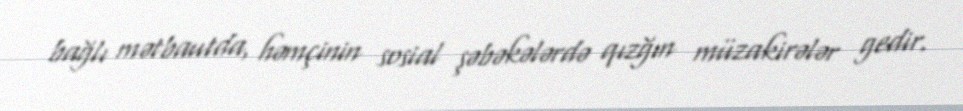
bağlı mətbautda, həmçinin sosial şəbəkələrdə qızğın müzakirələr gedir.